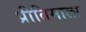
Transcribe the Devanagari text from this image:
प्रीतिमाला